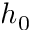
h _ { 0 }